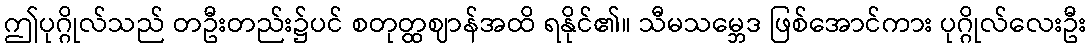
ဤပုဂ္ဂိုလ်သည် တဦးတည်း၌ပင် စတုတ္ထဈာန်အထိ ရနိုင်၏။ သီမသမ္ဘေဒ ဖြစ်အောင်ကား ပုဂ္ဂိုလ်လေးဦး